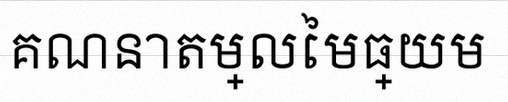
គណនាតម្លៃមធ្យម